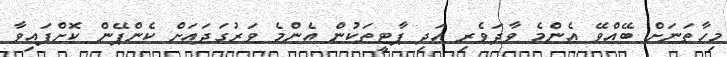
މިހާތަނަށް ބޭއްވޭ އެންމެ ވާދަވެރި އަދި ޕާޓީތަކުން އެންމެ ވަރުގަދައަށް ކެންޕޭން ކޮށްފައިވާ